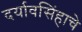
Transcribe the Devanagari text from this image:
दर्यावसिंहाचे